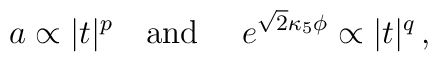
a \propto |t|^p ~~~{\rm and }~~~~ e^{\sqrt{2}\kappa_5\phi} \propto |t|^q \,,